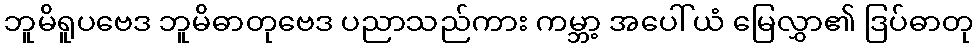
ဘူမိရူပဗေဒ ဘူမိဓာတုဗေဒ ပညာသည်ကား ကမ္ဘာ့ အပေါ်ယံ မြေလွှာ၏ ဒြပ်ဓာတု